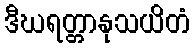
ဒီဃရတ္တာနုသယိတံ